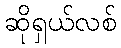
ဆိုရှယ်လစ်